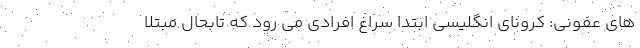
های عفونی: کرونای انگلیسی ابتدا سراغ افرادی می رود که تابحال مبتلا